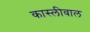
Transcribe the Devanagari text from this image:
कास्लीवाल